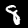
Label: 8